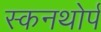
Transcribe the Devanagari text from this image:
स्कनथोर्प